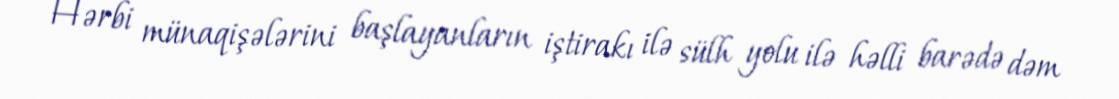
Hərbi münaqişələrini başlayanların iştirakı ilə sülh yolu ilə həlli barədə dəm